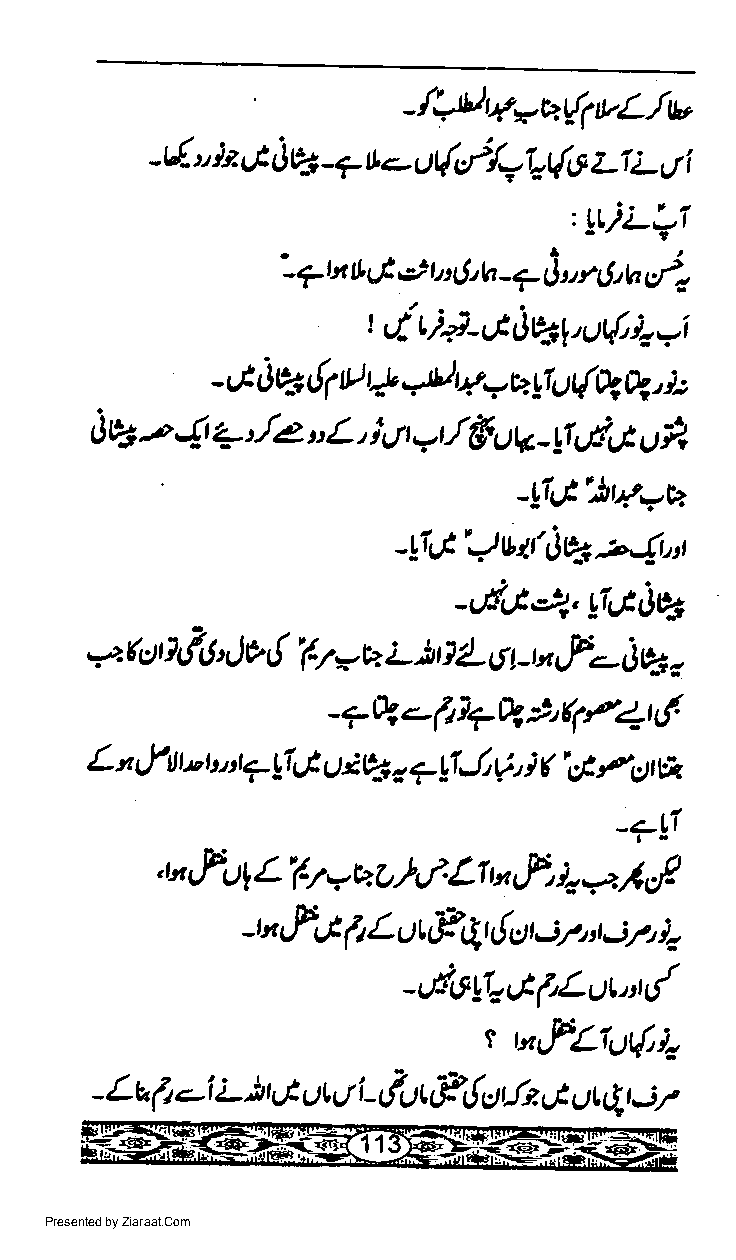
_/idry*4ftvL.lv
 -t"( )z 4 i)e4 -7 rt e ut{e>/,/1.(tt z1 L i
 "                              Ut
 ,LL)L+1
 '-?rrt           j,al,U,ct
 :r|,h-7         r
 rLG e2t
 t rtti+r_At)WVu(jowi
 - A 0E ft tt t2 -tl w. * 12 YI( )I{Q Q s:
 AV-n$   +'./e.,L,  istr rt,rffg4-l1,.E l U*
 -lIUt',ttrt-,t,
 Jvaftr4-.{Lut
 -1i9.
 -vSA4,,1IAJ%
 ,-zrp1qf6',)v {'67-u L At } 1- $i la.f.- Jv, -
 t
 -7Q<'P17Q9{1//t(
 LnelttturutTylgtuiC'-,a7!1Je!('cEfc)th
 -?!i
 L'(t
 a",fL)1     y       LI u,f,
 u e' rb,.f.  lo -". . 11 r19
 j2
 u,fC   I' L or Pqr { s t t j7t },
 -,Al!loGflLut"td
 t
 MtfLi4dL
 j,/
 - Lr" (t -i L.i r,1t ()t rt i -,itt F{ u,lt G L) | qt
 Presented by Ziaraat.Com